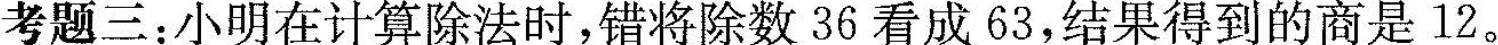
考题三：小明在计算除法时，错将除数36看成63，结果得到的商是12。